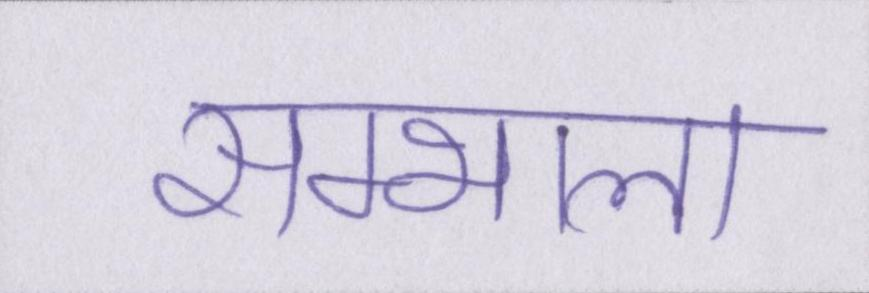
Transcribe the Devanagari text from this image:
सम्भाला